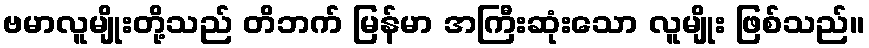
ဗမာလူမျိုးတို့သည် တိဘက် မြန်မာ အကြီးဆုံးသော လူမျိုး ဖြစ်သည်။